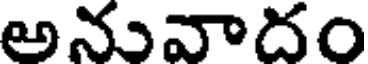
అనువాదం